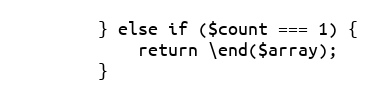
Language: PHP
        } else if ($count === 1) {
            return \end($array);
        }